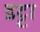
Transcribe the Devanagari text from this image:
डट्टा